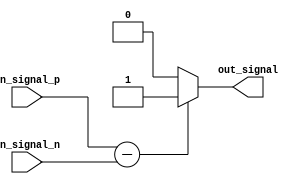
module ECL_buffer (
    input wire in_signal_p,
    input wire in_signal_n,
    output wire out_signal
);

// Differential amplifier for input signal conditioning
assign diff_out = in_signal_p - in_signal_n;

// Level shifter for voltage conversion
assign shift_out = diff_out ? 1'b1 : 1'b0;

// Drive circuit for robust output signal
assign out_signal = shift_out;

endmodule